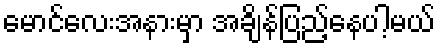
မောင်လေးအနားမှာ အချိန်ပြည့်နေပါ့မယ်